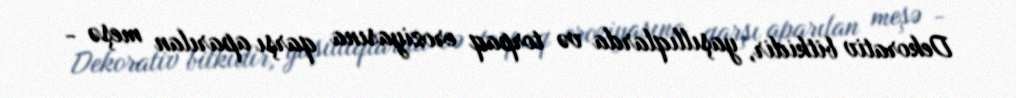
Dekorativ bitkidir, yaşıllıqlarda və torpaq eroziyasına qarşı aparılan meşə -